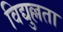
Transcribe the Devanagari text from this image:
विद्युल्लता